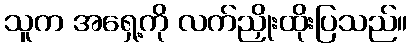
သူက အရှေ့ကို လက်ညှိုးထိုးပြသည်။